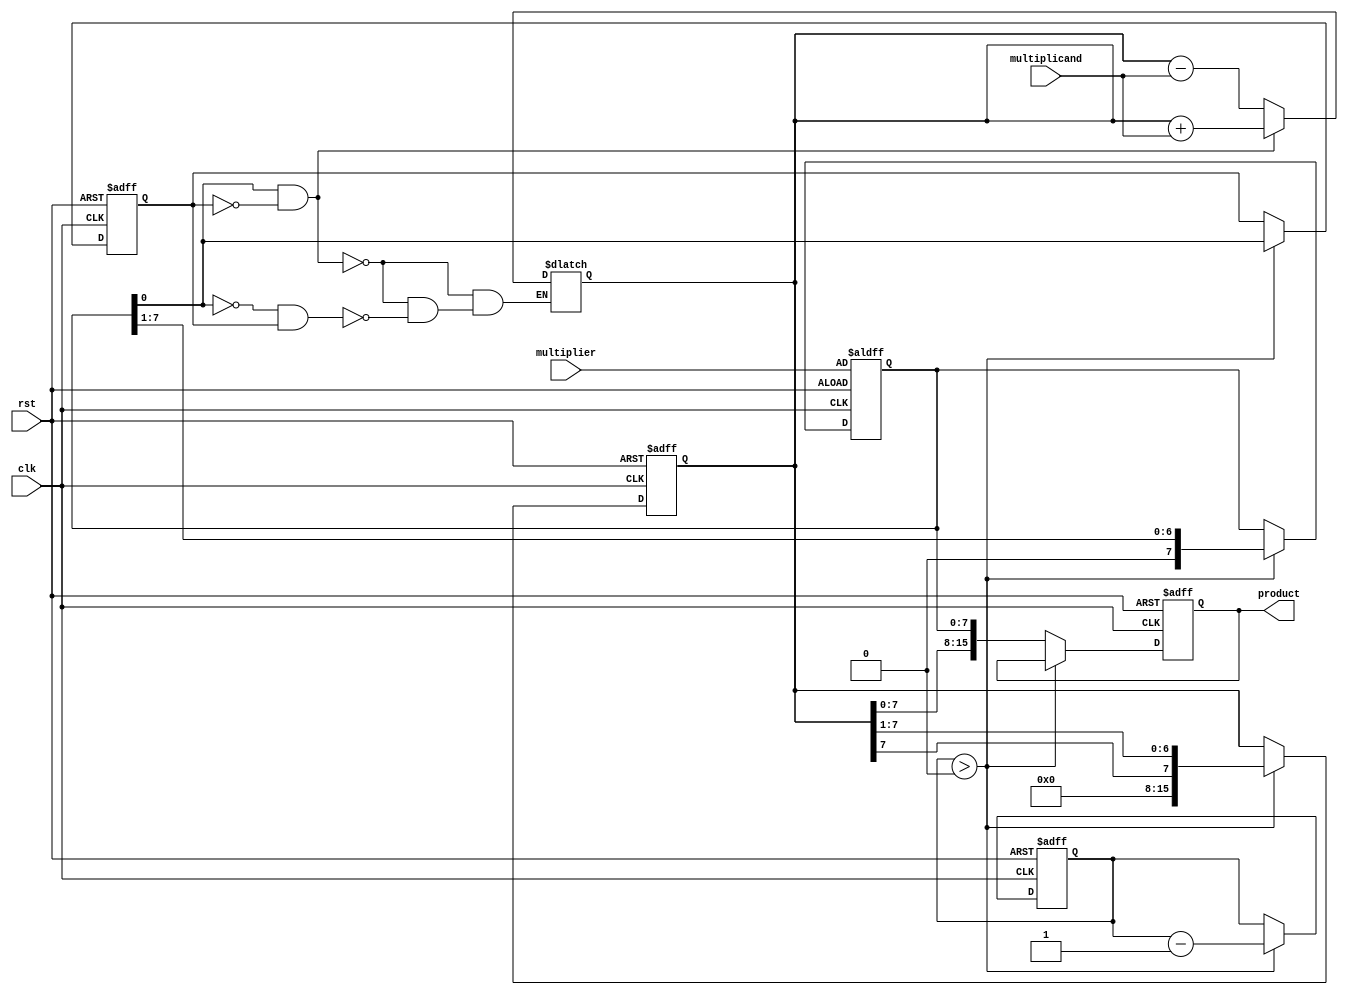
module booth_multiplier (
    input wire clk,
    input wire rst,
    input wire [7:0] multiplicand, // 8-bit multiplicand
    input wire [7:0] multiplier,    // 8-bit multiplier
    output reg [15:0] product       // 16-bit product
);

    reg [15:0] A;         // Accumulator
    reg [7:0] Q;          // Multiplier
    reg Q_1;              // Previous bit of Q
    reg [3:0] count;      // Count for iterations

    // ALU operations
    always @(*) begin
        if (Q[0] == 1 && Q_1 == 0) begin
            A = A + {8'b0, multiplicand}; // A = A + M
        end else if (Q[0] == 0 && Q_1 == 1) begin
            A = A - {8'b0, multiplicand}; // A = A - M
        end else begin
            A = A; // Do nothing
        end
    end

    // Shift operation
    function [15:0] arithmetic_right_shift;
        input [15:0] A_Q; // Combined A and Q
        begin
            arithmetic_right_shift = {A_Q[15], A_Q[15:1]}; // Arithmetic right shift
        end
    endfunction

    // Main process
    always @(posedge clk or posedge rst) begin
        if (rst) begin
            A <= 16'b0;          // Initialize A to 0
            Q <= multiplier;     // Load multiplier
            Q_1 <= 1'b0;         // Initialize Q-1 to 0
            count <= 4'b1000;    // Set count for 8 iterations
            product <= 16'b0;    // Initialize product
        end else if (count > 0) begin
            // Perform ALU operation
            A <= A; // Update A based on ALU logic

            // Shift A and Q
            {A, Q} <= arithmetic_right_shift({A, Q});
            Q_1 <= Q[0]; // Update Q-1 with the previous LSB of Q
            Q <= Q >> 1; // Shift Q right

            count <= count - 1; // Decrement count
        end else begin
            product <= {A[7:0], Q}; // Concatenate A and Q for final product
        end
    end

endmodule